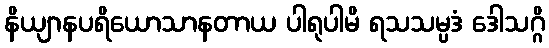
နိယျာနပရိယောသာနတာယ ပါရုပါမိ ရသသမ္ပဒံ ဒေါသဂ္ဂိ